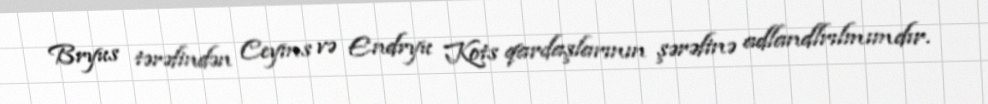
Bryus tərəfindən Ceyms və Endryu Kots qardaşlarının şərəfinə adlandlrılmımdır.